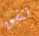
ننفق